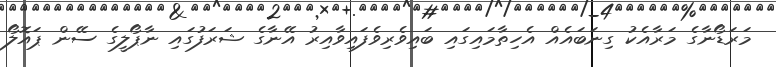
މަރަޑޯނާގެ މަރާއެކު ގިނަބައެއް އެހިތާމައިގައި ބައިވެރިވެފައިވާއިރު އޭނާގެ ޝަރަފުގައި ނާޕޯލީގެ ސޭން ޕައޮލޯ